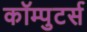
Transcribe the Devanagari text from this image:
कॉम्पुटर्स